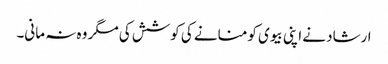
ارشاد نے اپنی بیوی کو منانے کی کوشش کی مگر وہ نہ مانی۔